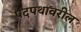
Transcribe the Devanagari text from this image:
पदपथावरील